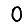
Digit: 0